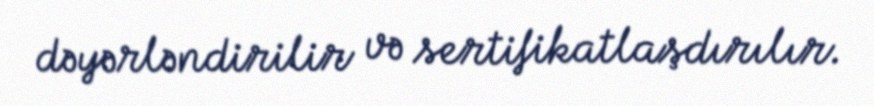
dəyərləndirilir və sertifikatlaşdırılır.